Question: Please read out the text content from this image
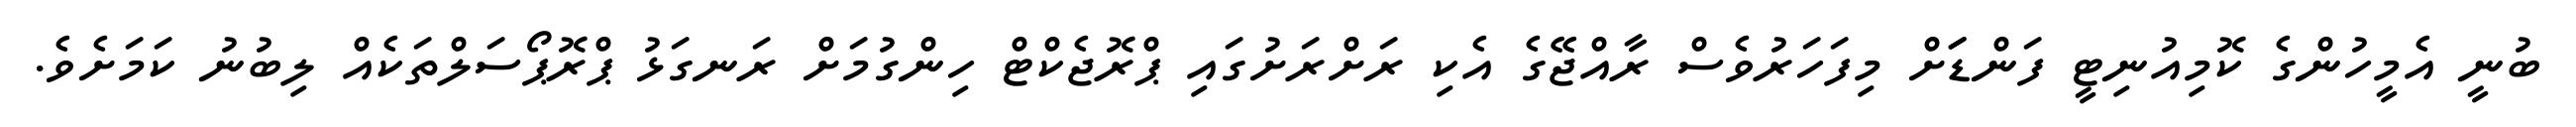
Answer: ބުނީ އެމީހުންގެ ކޮމިއުނިޓީ ފަންޑަަށް މިފަހަރުވެސް ރާއްޖޭގެ އެކި ރަށްރަށުގައި ޕްރޮޖެކްޓް ހިންގުމަށް ރަނގަޅު ޕްރޮޕޯސަލްތަކެއް ލިބުނު ކަމަށެވެ.